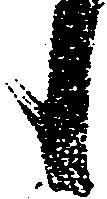
候